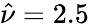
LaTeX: \hat{\nu}=2.5